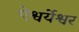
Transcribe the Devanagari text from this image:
ऐश्वर्येश्वर